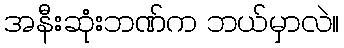
အနီးဆုံးဘဏ်က ဘယ်မှာလဲ။